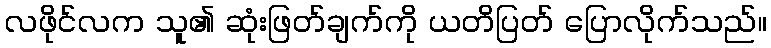
လဖိုင်လက သူ၏ ဆုံးဖြတ်ချက်ကို ယတိပြတ် ပြောလိုက်သည်။